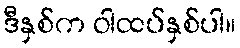
ဒီနှစ်က ဝါထပ်နှစ်ပါ။